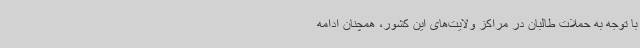
با توجه به حملات طالبان در مراکز ولایت‌های این کشور، همچنان ادامه